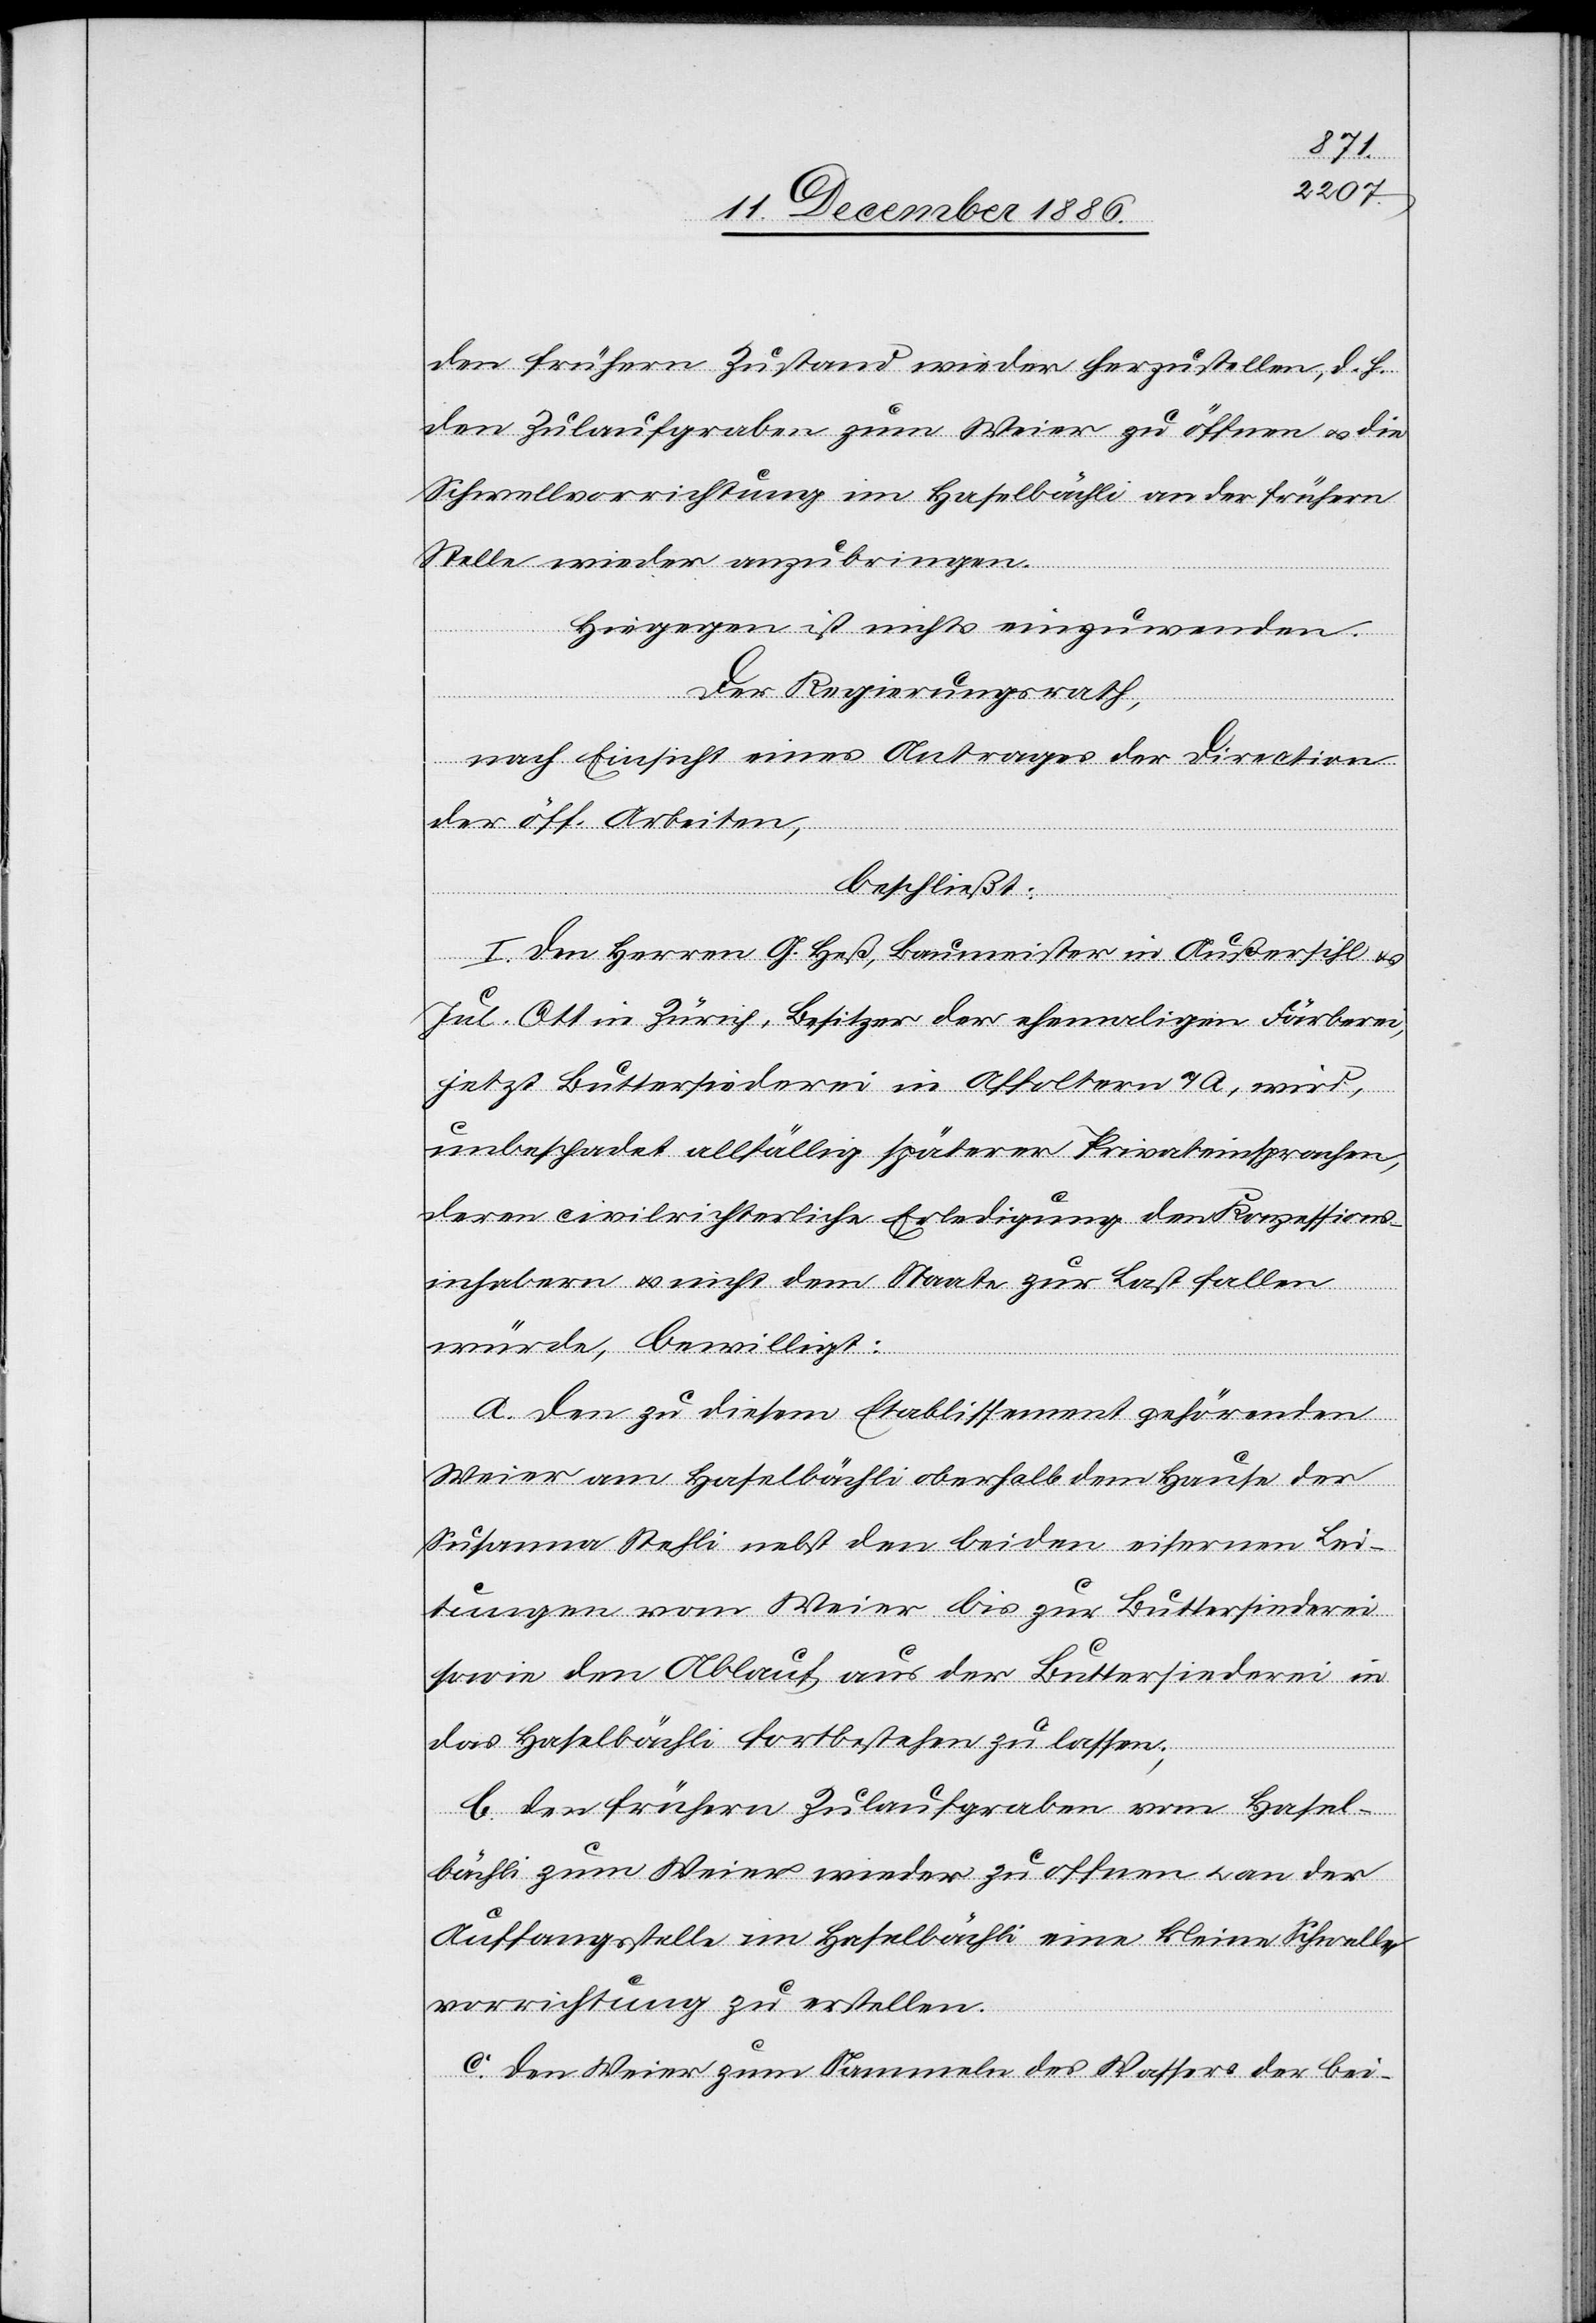
den frühern Zustand wieder herzustellen, d. h.
den Zulaufgraben zum Weier zu öffnen & die
Schwellvorrichtung im Haselbächli an der frühern
Stelle wieder anzubringen.
Hiegegen ist nichts einzuwenden.
Der Regierungsrath,
an der
nach Einsicht eines Antrages der Direction
der öff. Arbeiten,
beschließt:
I. Den Herren G. Heß, Baumeister in Außersihl &
Jul. Ott in Zürich, Besitzer der ehemaligen Färberei,
jetzt Buttersiederei in Affoltern a/A., wird,
unbeschadet allfällig späterer Privateinsprachen,
deren civilrichterliche Erledigung den Konzessions¬
inhabern & nicht dem Staate zur Last fallen
würde, bewilligt:
a. den zu diesem Etablissement gehörenden
Weier am Haselbächli oberhalb dem Hause der
Susanna Stehli nebst den beiden eisernen Lei¬
tungen vom Weier bis zur Buttersiederei
sowie den Ablauf aus der Buttersiederei in
das Haselbächli fortbestehen zu lassen;
b. den frühern Zulaufgraben vom Hasel¬
Auffangsstelle im Haselbächli eine kleine Schwell¬
vorrichtung zu erstellen.
c. den Weier zum Sammeln des Wassers der bei-